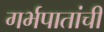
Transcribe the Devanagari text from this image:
गर्भपातांची